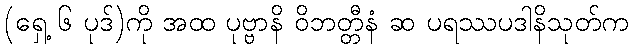
(ရှေ့ ၆ ပုဒ်)ကို အထ ပုဗ္ဗာနိ ဝိဘတ္တီနံ ဆ ပရဿပဒါနိသုတ်က